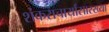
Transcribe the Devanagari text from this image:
शंकराचार्यांसारख्या